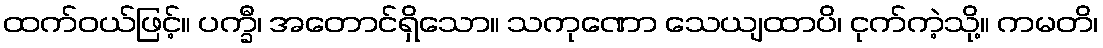
ထက်ဝယ်ဖြင့်။ ပက္ခီ၊ အတောင်ရှိသော။ သကုဏော သေယျထာပိ၊ ငုက်ကဲ့သို့။ ကမတိ၊